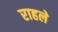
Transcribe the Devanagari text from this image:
राहले